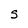
Character: S